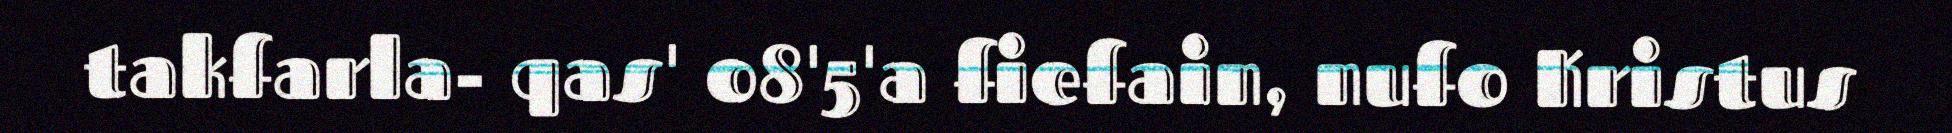
takfarla- qas' o8'5'a fiefain, nufo Kristus